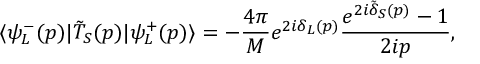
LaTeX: \langle \psi _ { L } ^ { - } ( p ) | \tilde { T } _ { S } ( p ) | \psi _ { L } ^ { + } ( p ) \rangle = - \frac { 4 \pi } { M } e ^ { 2 i \delta _ { L } ( p ) } \frac { e ^ { 2 i \tilde { \delta } _ { S } ( p ) } - 1 } { 2 i p } ,